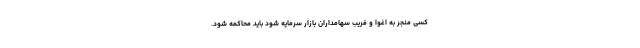
کسی منجر به اغوا و فریب سهامداران بازار سرمایه شود باید محاکمه شود.